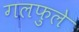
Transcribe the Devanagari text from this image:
गलफुले